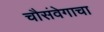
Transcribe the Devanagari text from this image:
चौसंवेगाचा